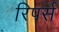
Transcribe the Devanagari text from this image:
रिपर्स